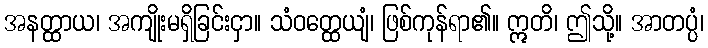
အနတ္ထာယ၊ အကျိုးမရှိခြင်းငှာ။ သံဝတ္ထေယျံ၊ ဖြစ်ကုန်ရာ၏။ ဣတိ၊ ဤသို့။ အာတပ္ပံ၊